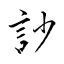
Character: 訬